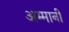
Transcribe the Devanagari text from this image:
अम्मानी